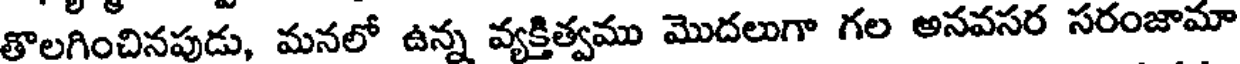
తొలగించినపుడు, మనలో ఉన్న వ్యక్తిత్వము మొదలుగా గల అనవసర సరంజామా